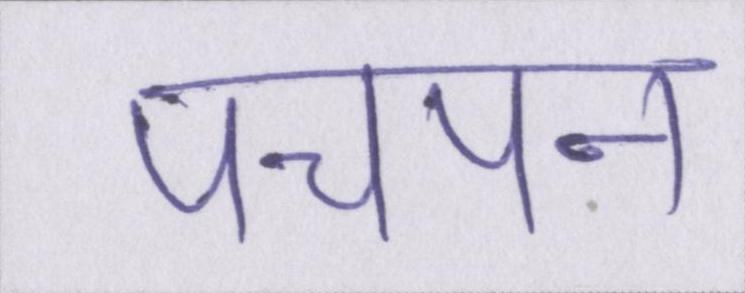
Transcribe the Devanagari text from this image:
पचपन